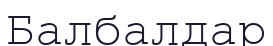
Балбалдар